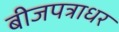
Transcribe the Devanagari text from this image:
बीजपत्राधर